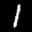
Label: 1